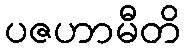
ပဇဟာမီတိ